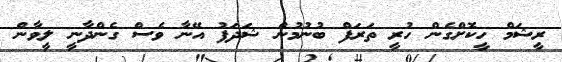
ރީޝަމް ހީކޮށްގެން ހުރީ ތަރަފް ބުނުމުން ޝަދަފު އޭނާ ވެސް ގެންދާނީ ލީވާން